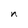
Character: n